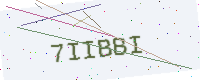
Text: 7IIBBI